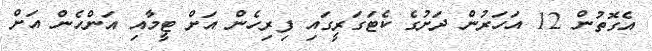
އެގޮތުން 12 އަހަރުން ދަށުގެ ކެޓަގަރީގައި ފިރިހެން އަށް ޓީމާއި އަންހެން އަށް